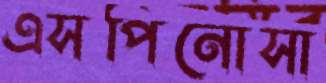
এসপিনোসা